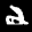
Label: 2